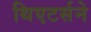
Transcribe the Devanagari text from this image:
थिएटर्सने